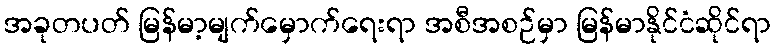
အခုတပတ် မြန်မာ့မျက်မှောက်ရေးရာ အစီအစဉ်မှာ မြန်မာနိုင်ငံဆိုင်ရာ